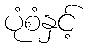
ပုံစံနှင့်